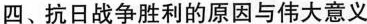
四、抗日战争胜利的原因与伟大意义